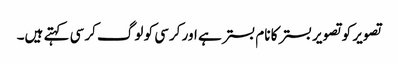
تصویر کو تصویر بستر کا نام بستر ہے اور کرسی کو لوگ کرسی کہتے ہیں۔